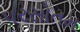
પરસોતમ